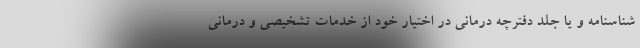
شناسنامه و یا جلد دفترچه درمانی در اختیار خود از خدمات تشخیصی و درمانی